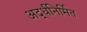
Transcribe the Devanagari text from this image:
अर्द्धनिर्मित